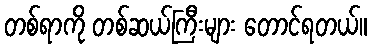
တစ်ရာကို တစ်ဆယ်ကြီးများ တောင်ရတယ်။